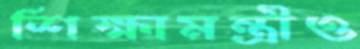
শিক্ষামন্ত্রীও